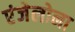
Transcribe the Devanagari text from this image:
एंजेलोना